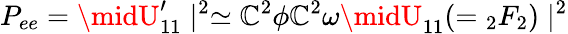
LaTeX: P_{ee}=\midU_{11}^{\prime}\mid^{2}\simeq\mathbb{C}^{2}\phi\mathbb{C}^{2}\omega\midU_{11}(={}_{2}F_{2})\mid^{2}